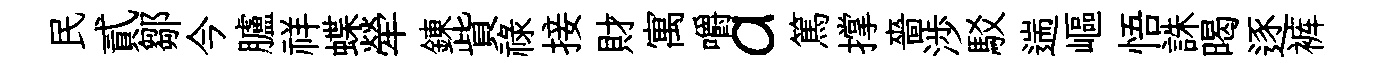
民貳鄒今臚祥蝶犖錬貲祿接財寓嚼a篤撑嗇渉駁遄嶇悟誅暍逐裤